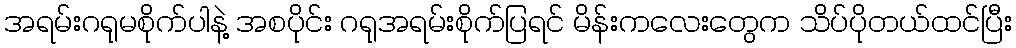
အရမ်းဂရုမစိုက်ပါနဲ့ အစပိုင်း ဂရုအရမ်းစိုက်ပြရင် မိန်းကလေးတွေက သိပ်ပိုတယ်ထင်ပြီး